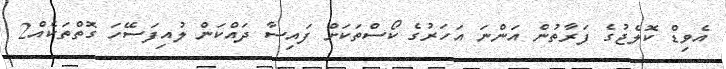
އެވިޑް ކޮލެޖުގެ ފަރާތުން އަންނަ އަހަރުގެ ކޯސްތަކަށް ފައިސާ ދައްކަން ލުއިފަސޭހަ ގޮތްތަކެއް2